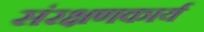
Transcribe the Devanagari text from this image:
संरक्षणकार्य